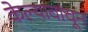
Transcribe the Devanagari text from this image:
केल्यावांचून